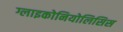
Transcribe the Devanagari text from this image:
ग्लाइकोनियोलिसिस